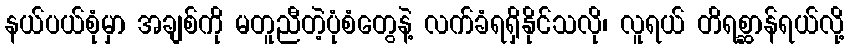
နယ်ပယ်စုံမှာ အချစ်ကို မတူညီတဲ့ပုံစံတွေနဲ့ လက်ခံရရှိနိုင်သလို၊ လူရယ် တိရစ္ဆာန်ရယ်လို့